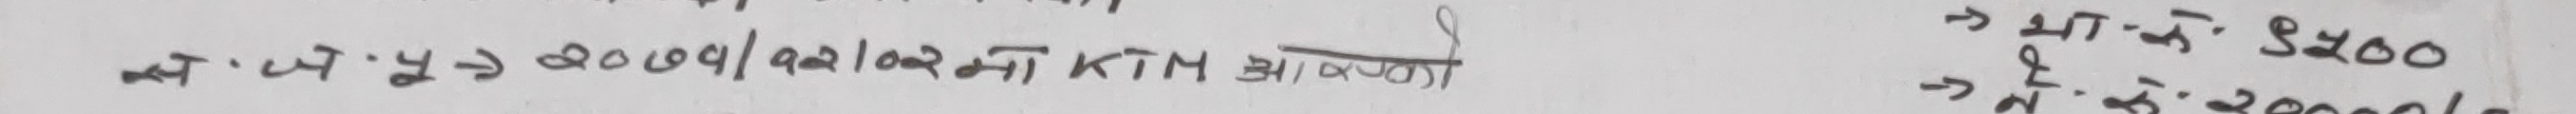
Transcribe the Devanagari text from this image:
अत १ ते ४ २०७५/१२/०२ का KTM आइपुगेको
→ भा. ४५००
→ नै. २०००/-